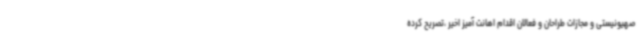
صهیونیستی و مجازات طراحان و فعالان اقدام اهانت آمیز اخیر ،تصریح کرده